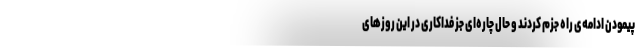
پیمودن ادامه‌ی راه جزم کردند و حال چاره‌ای جز فداکاری در این روزهای